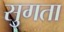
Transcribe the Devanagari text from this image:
सुगता